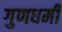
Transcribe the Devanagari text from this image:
गुणधर्मी